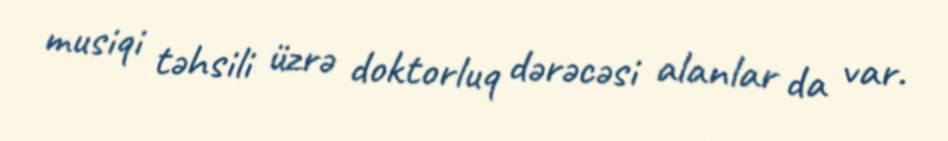
musiqi təhsili üzrə doktorluq dərəcəsi alanlar da var.